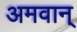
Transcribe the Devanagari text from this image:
अमवान्